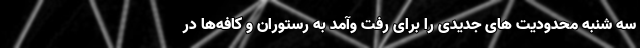
سه شنبه محدودیت های جدیدی را برای رفت وآمد به رستوران و کافه‌ها در